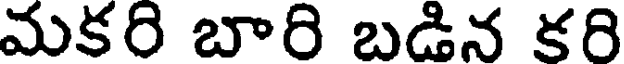
మకరి బారి బడిన కరి